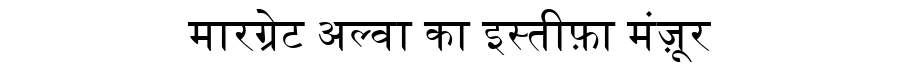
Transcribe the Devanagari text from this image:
मारग्रेट अल्वा का इस्तीफ़ा मंज़ूर